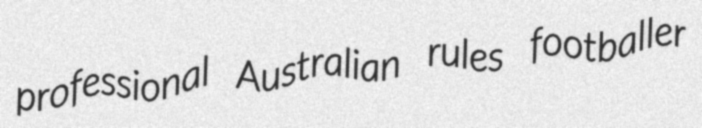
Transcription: professional Australian rules footballer